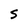
Character: 5